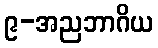
၉-အညဘာဂိယ